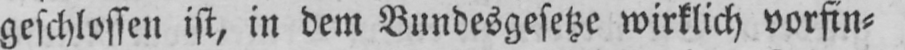
geschlossen ist, in dem Bundesgesetze wirklich vorfin⸗